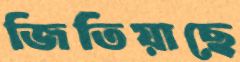
জিতিয়াছে